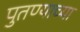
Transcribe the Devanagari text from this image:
पुतण्याच्या